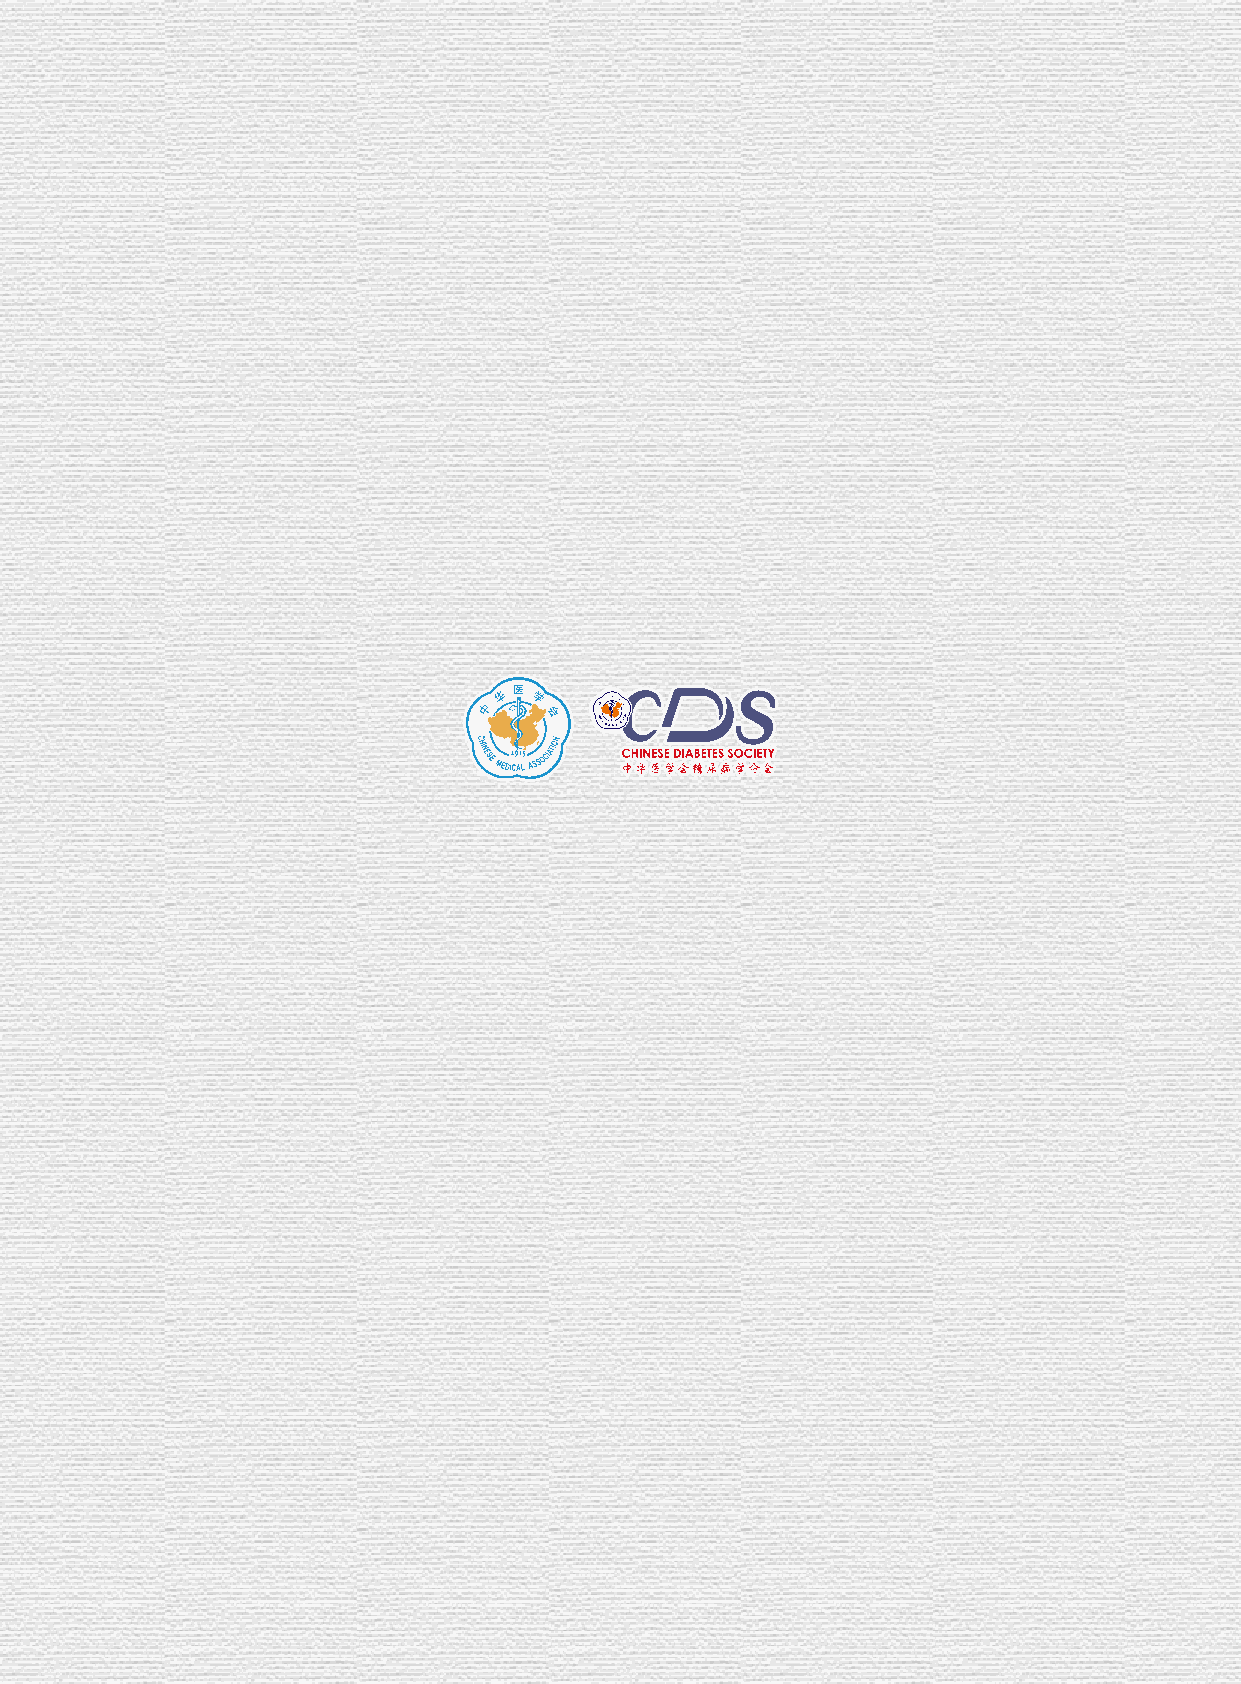
中华医学会糖尿病学分会
 糖尿病监测与治疗新技术学组2021学术年会
 The 2021 Annual Conference on Advanced Technologies for Diabetes Monitoring and Treatments of Chinese Diabetes Society
 2021年10月15-16日          中国·上海
 主办单位：中华医学会
 中华医学会糖尿病学分会
 承办学组：中华医学会糖尿病学分会糖尿病监测与治疗新技术学组
 协办单位：上海交通大学附属第六人民医院